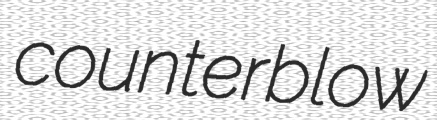
counterblow